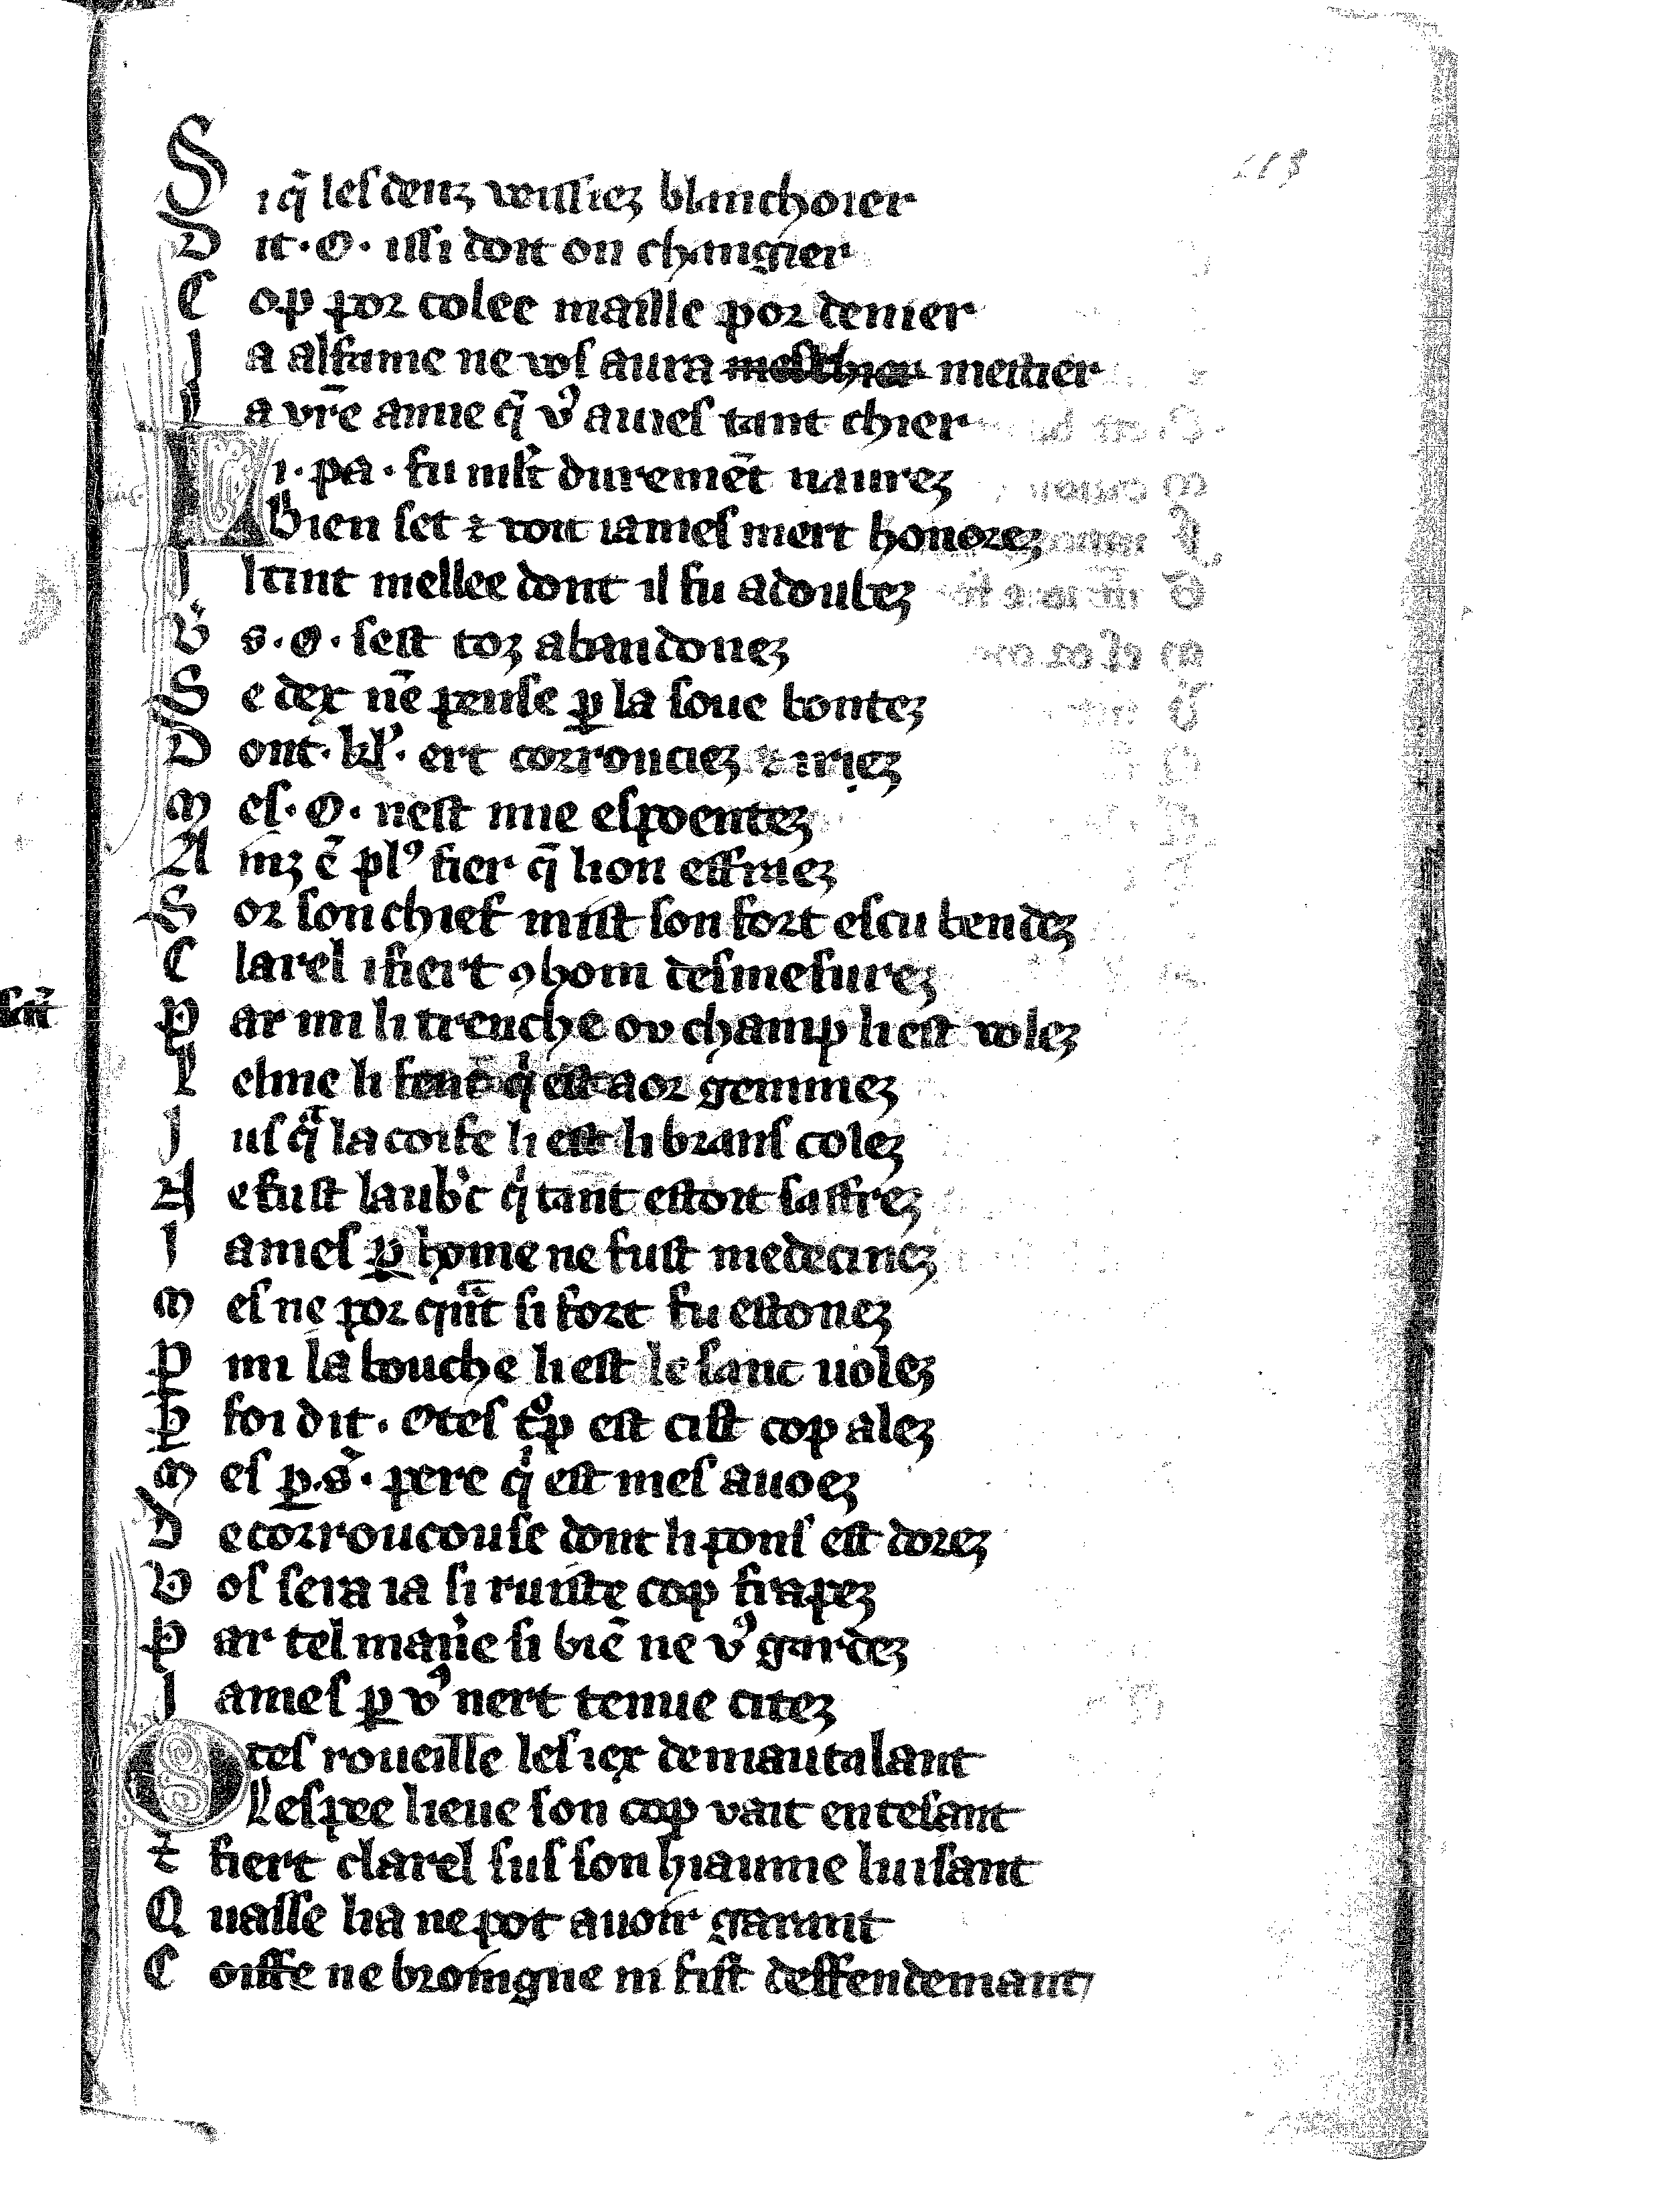
Shelfmark: Vatican, Biblioteca apostolica vaticana, Reg.lat. 1616
Century: 14